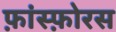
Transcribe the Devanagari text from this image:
फ़ांस्फ़ोरस